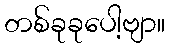
တစ်ခုခုပေါ့ဗျာ။